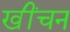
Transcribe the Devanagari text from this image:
खींचन